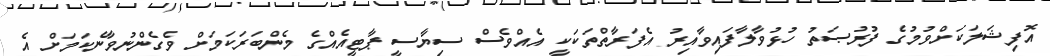
އޮފިޝަލަކަށްވުމުގެ ފުރުޞަތު ހުޅުވާލާފައިވާއިރު އެފަރާތްތަކަކީ އެއްވެސް ސިޔާސީ ޕާޓީއެއްގެ މެންބަރަކަމަށް ވެގެންނުވާނެކަމަށް އެ